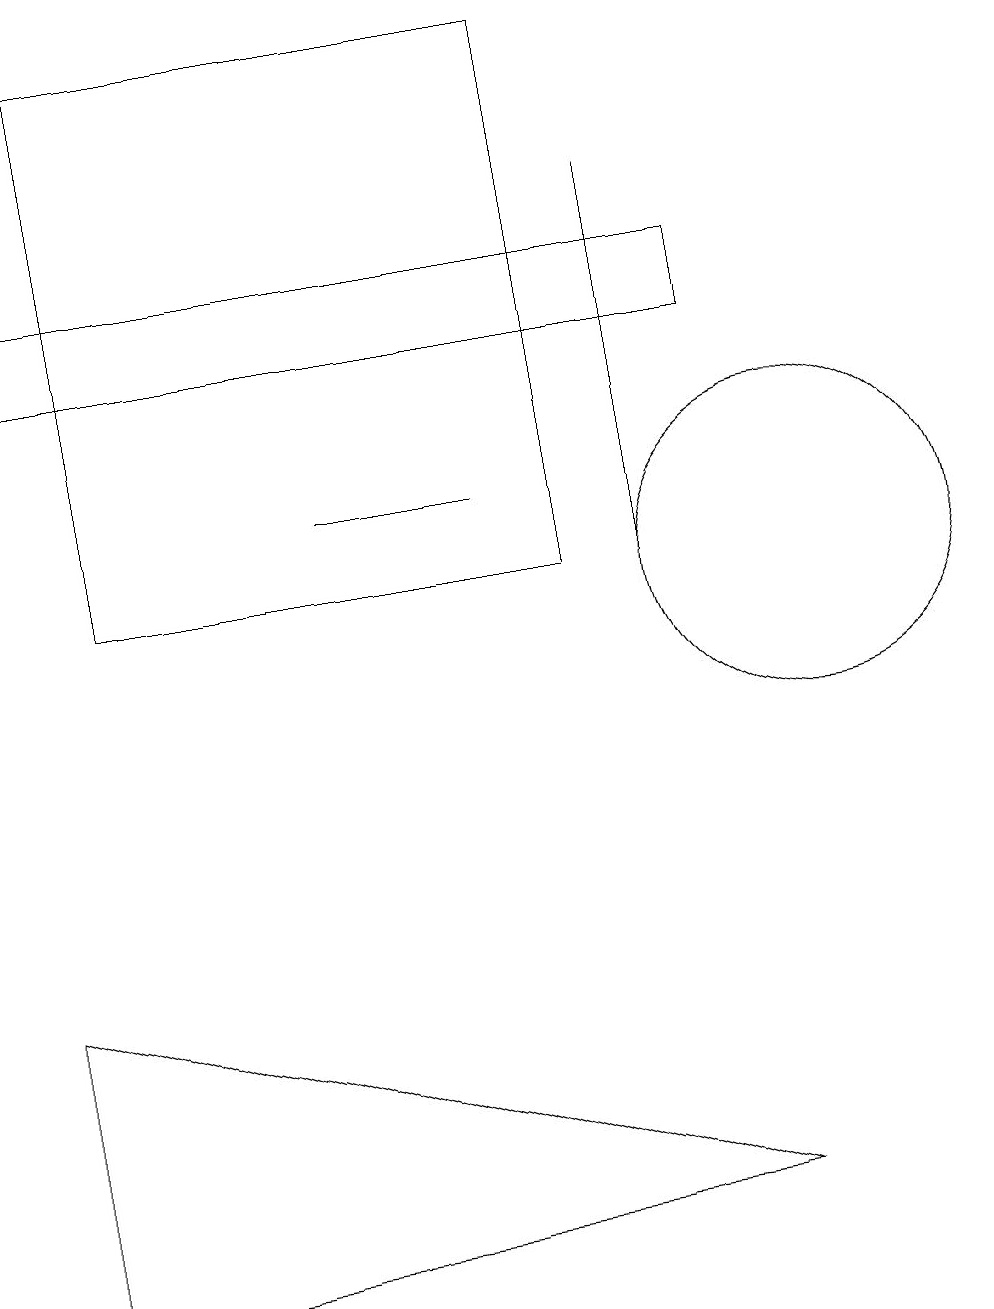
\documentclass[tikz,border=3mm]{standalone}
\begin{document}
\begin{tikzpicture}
\draw (0,13) rectangle (9,14);
\draw (8,10) rectangle (8,15);
\draw (0,5) -- (0,1) -- (9,2) -- cycle;
\draw (7,10) rectangle (1,17);
\draw (4,11) rectangle (6,11);
\draw (10,10) circle (2);
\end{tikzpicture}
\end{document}